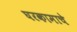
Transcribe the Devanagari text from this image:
घरकामाचे